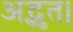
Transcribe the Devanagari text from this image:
अद्भुत।